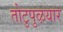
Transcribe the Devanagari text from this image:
तोटुपुऴयार